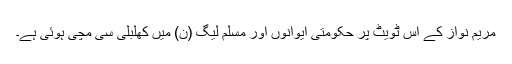
مریم نواز کے اس ٹویٹ پر حکومتی ایوانوں اور مسلم لیگ (ن) میں کھلبلی سی مچی ہوئی ہے۔